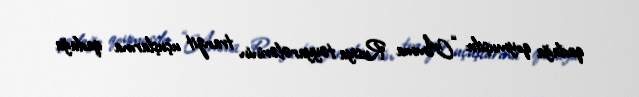
qadağa qoymuşdu: “Amma Rusiya təyyarələrinin tranzit uçuşlarına qadağa